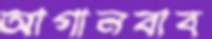
আগানবাব